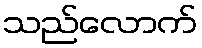
သည်လောက်